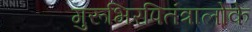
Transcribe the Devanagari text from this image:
गुरूभिरपितंत्रालोके